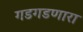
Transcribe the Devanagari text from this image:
गडगडणारा